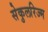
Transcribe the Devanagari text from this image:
सेकुलरिज्म